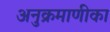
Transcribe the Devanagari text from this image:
अनुक्रमाणीका